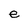
Character: e